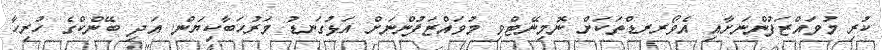
ކުރި މުވައްޒަފުންނަށާއި އެވޯރރޑްތަކަށް ނޮމިނޭޓްވި މުވައްޒަފުންނަށް އަޅުގަނޑު މަރުހަބާކިޔަން. އަދި ބޭންކްގެ ހުރިހާ